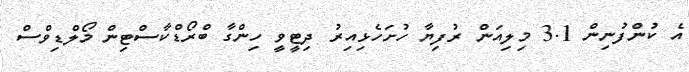
އެ ކުންފުނިން 3.1 މިލިއަން ރުފިޔާ ހުށަހެޅިއިރު ދިޓީވީ ހިންގާ ބްރޯޑްކާސްޓިން މޯލްޑިވްސް